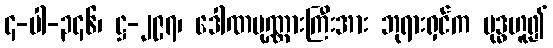
၄-ပါ-၃၄၆၊ ဋ္ဌ-၂၉၇၊ ဒေါဏပုဏ္ဏားကြီးအား ဘုရားရှင်က ဗုဒ္ဓဟူ၍